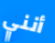
أنني